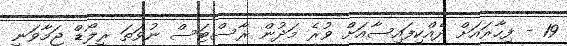
19 - ފިހާރައަށް ދެއްކިފައިސާއަށް ވުރެ މަދުން ރާސްޓަސް ނުވަތަ ރީލޯޑް ޖަމާވަނީ